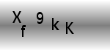
Text: Xf9kK